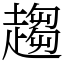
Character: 趨